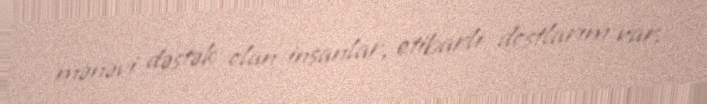
mənəvi dəstək olan insanlar, etibarlı dostlarım var.